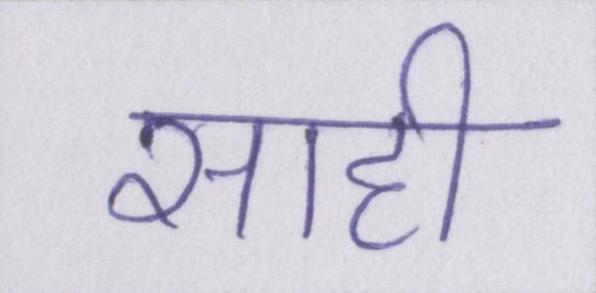
साही